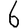
Digit: 6